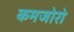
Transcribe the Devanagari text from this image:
कमजोरो